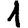
Digit: 1